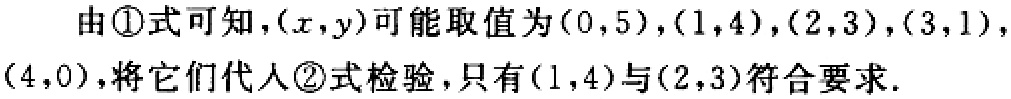
由\textcircled{1}式可知，\((x,y)\)可能取值为\((0,5)\)，\((1,4)\)，\((2,3)\)，\((3,1)\)，\((4,0)\)，将它们代入\textcircled{2}式检验，只有\((1,4)\)与\((2,3)\)符合要求.